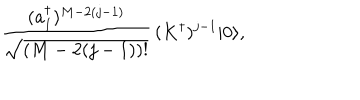
{ \frac { ( a _ { 1 } ^ { \dagger } ) ^ { M - 2 ( j - 1 ) } } { \sqrt { ( M - 2 ( j - 1 ) ) ! } } } \, ( K ^ { \dagger } ) ^ { j - 1 } | 0 \rangle ,